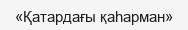
«Қатардағы қаһарман»